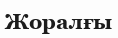
Жоралғы